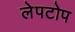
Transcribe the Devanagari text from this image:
लेपटोप